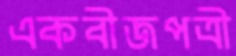
একবীজপত্রী